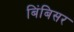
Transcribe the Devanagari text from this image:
बिंबिसर